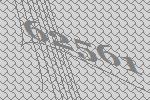
62561